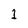
Character: 1